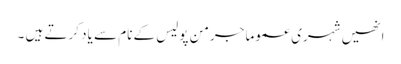
انھیں شہری عموما جرمن پولیس کے نام سے یاد کرتے ہیں ۔